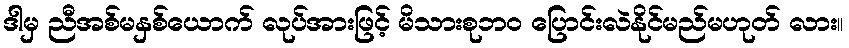
ဒါမှ ညီအစ်မနှစ်ယောက် လုပ်အားဖြင့် မိသားစုဘ၀ ပြောင်းလဲနိုင်မည်မဟုတ် လား။